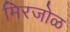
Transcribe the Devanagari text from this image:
मिरजोळ